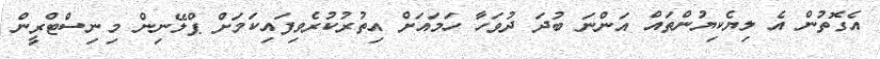
އެގޮތުން އެ ލިޔެކިޔުންތައް އަންނަ ބުދަ ދުވަހާ ހަމައަށް އިތުރުކުރެވިފައިކަމަށް ޕްލޭނިން މިނިސްޓްރީން